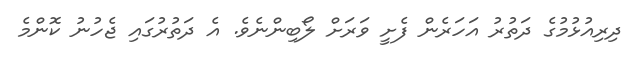
ދިރިއުޅުމުގެ ދަތުރު އަހަރެން ފެށީ ވަރަށް ލޯބިންނެވެ. އެ ދަތުރުގައި ޖެހުނު ކޮންމެ